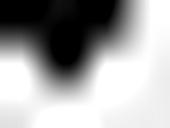
Seite 34. Nr. 148.